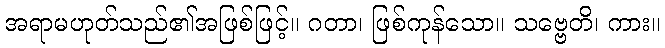
အရာမဟုတ်သည်၏အဖြစ်ဖြင့်။ ဂတာ၊ ဖြစ်ကုန်သော။ သဗ္ဗေတိ၊ ကား။